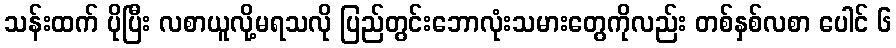
သန်းထက် ပိုပြီး လစာယူလို့မရသလို ပြည်တွင်းဘောလုံးသမားတွေကိုလည်း တစ်နှစ်လစာ ပေါင် ၆